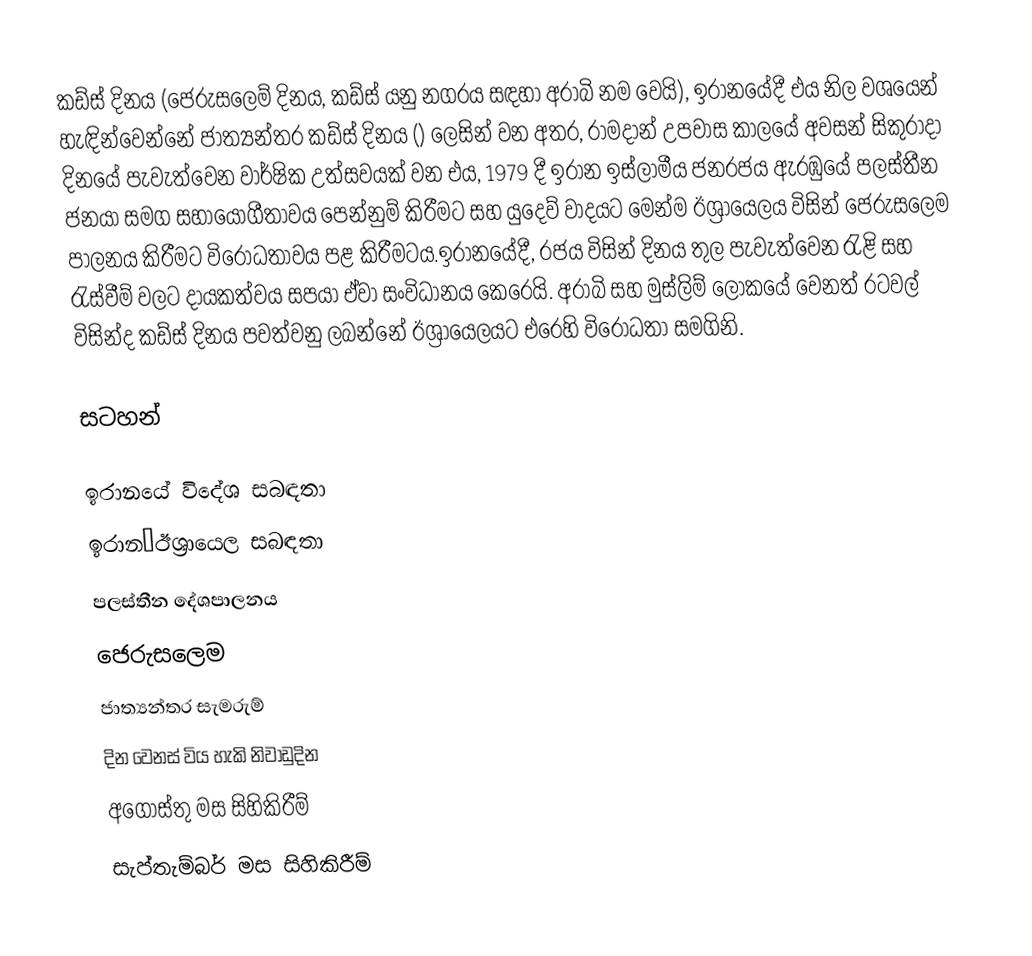
කඩ්ස් දිනය (ජෙරුසලෙම් දිනය, කඩ්ස් යනු නගරය සඳහා අරාබි නම වෙයි), ඉරානයේදී එය නිල වශයෙන් හැඳින්වෙන්නේ ජාත්‍යන්තර කඩ්ස් දිනය () ලෙසින් වන අතර, රාමදාන් උපවාස කාලයේ අවසන් සිකුරාදා දිනයේ පැවැත්වෙන වාර්ෂික උත්සවයක් වන එය, 1979 දී  ඉරාන ඉස්ලාමීය ජනරජය ඇරඹුයේ  පලස්තීන ජනයා සමග සහායෝගීතාවය පෙන්නුම් කිරීමට සහ යුදෙව් වාදයට මෙන්ම  ඊශ්‍රායෙලය විසින් ජෙරුසලෙම පාලනය කිරීමට විරෝධතාවය පළ කිරීමටය.ඉරානයේදී, රජය විසින් දිනය තුල පැවැත්වෙන රැළි සහ රැස්වීම් වලට දායකත්වය සපයා ඒවා සංවිධානය කෙරෙයි. අරාබි සහ මුස්ලිම් ලෝකයේ වෙනත් රටවල් විසින්ද කඩ්ස් දිනය පවත්වනු ලබන්නේ ඊශ්‍රායෙලයට එරෙහි විරෝධතා සමගිනි.

සටහන්

ඉරානයේ විදේශ සබඳතා
ඉරාන–ඊශ්‍රායෙල සබඳතා
පලස්තීන දේශපාලනය
ජෙරුසලෙම
ජාත්‍යන්තර සැමරුම්
 දින වෙනස් විය හැකි නිවාඩුදින
අගෝස්තු මස සිහිකිරීම්
සැප්තැම්බර් මස සිහිකිරීම්